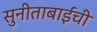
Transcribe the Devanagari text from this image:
सुनीताबाईंची